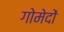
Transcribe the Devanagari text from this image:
गोमेदों